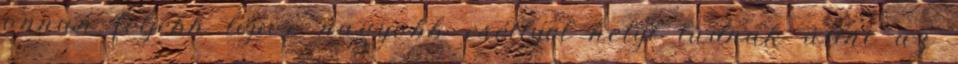
onnan feljebb lépve nagyobb eséllyel helyt tudnak állni az